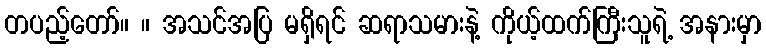
တပည့်တော်။ ။ အသင်အပြ မရှိရင် ဆရာသမားနဲ့ ကိုယ့်ထက်ကြီးသူရဲ့ အနားမှာ